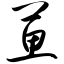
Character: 葸